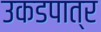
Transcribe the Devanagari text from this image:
उकडपात्र